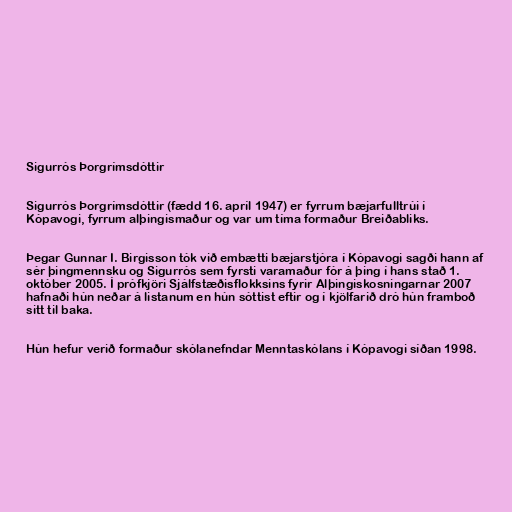
Sigurrós Þorgrímsdóttir

Sigurrós Þorgrímsdóttir (fædd 16. apríl 1947) er fyrrum bæjarfulltrúi í
Kópavogi, fyrrum alþingismaður og var um tíma formaður Breiðabliks.

Þegar Gunnar I. Birgisson tók við embætti bæjarstjóra í Kópavogi sagði hann af
sér þingmennsku og Sigurrós sem fyrsti varamaður fór á þing í hans stað 1.
október 2005. Í prófkjöri Sjálfstæðisflokksins fyrir Alþingiskosningarnar 2007
hafnaði hún neðar á listanum en hún sóttist eftir og í kjölfarið dró hún framboð
sitt til baka.

Hún hefur verið formaður skólanefndar Menntaskólans í Kópavogi síðan 1998.